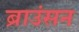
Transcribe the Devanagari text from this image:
ब्राउंसन